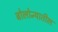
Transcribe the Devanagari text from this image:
बोलोन्यातील